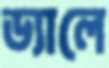
ড্যালে